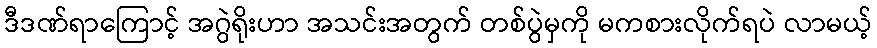
ဒီဒဏ်ရာကြောင့် အဂွဲရိုးဟာ အသင်းအတွက် တစ်ပွဲမှကို မကစားလိုက်ရပဲ လာမယ့်